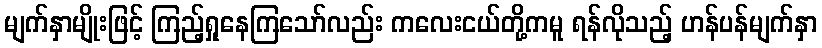
မျက်နှာမျိုးဖြင့် ကြည့်ရှုနေကြသော်လည်း ကလေးငယ်တို့ကမူ ရန်လိုသည့် ဟန်ပန်မျက်နှာ